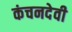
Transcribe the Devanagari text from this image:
कंचनदेवी